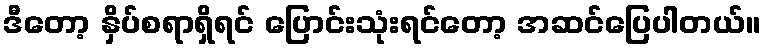
ဒီတော့ နှိပ်စရာရှိရင် ပြောင်းသုံးရင်တော့ အဆင်ပြေပါတယ်။